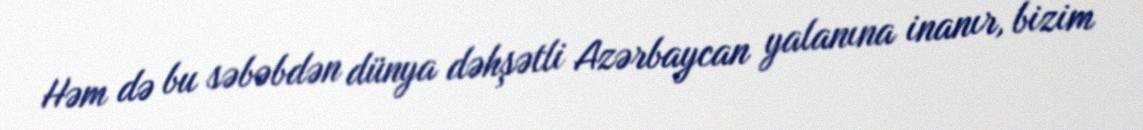
Həm də bu səbəbdən dünya dəhşətli Azərbaycan yalanına inanır, bizim